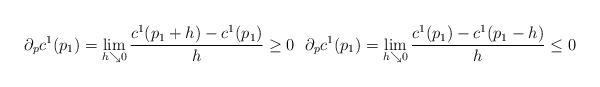
LaTeX: \begin{align*} \partial_p c^1(p_1) = \lim\limits_{h\searrow 0} \frac{c^1(p_1 + h)-c^1(p_1)}{h} \geq 0\ \ \partial_p c^1(p_1) = \lim\limits_{h\searrow 0} \frac{c^1(p_1)-c^1(p_1-h)}{h} \leq 0 \end{align*}